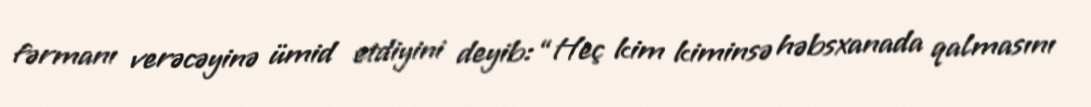
fərmanı verəcəyinə ümid etdiyini deyib: “Heç kim kiminsə həbsxanada qalmasını